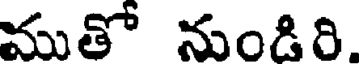
ముతో నుండిరి.